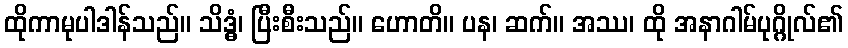
ထိုကာမုပါဒါန်သည်။ သိဒ္ဓံ၊ ပြီးစီးသည်။ ဟောတိ။ ပန၊ ဆက်။ အဿ၊ ထို အနာဂါမ်ပုဂ္ဂိုလ်၏